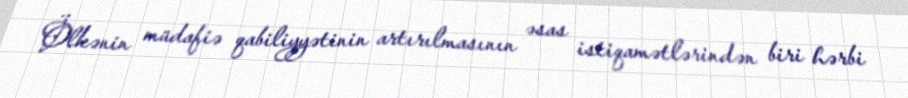
Ölkənin müdafiə qabiliyyətinin artırılmasının əsas istiqamətlərindən biri hərbi